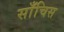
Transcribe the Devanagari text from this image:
साँचिस